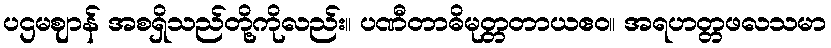
ပဌမဈာန် အစရှိသည်တို့ကိုလည်း။ ပဏီတာဓိမုတ္တတာယဧဝ။ အရဟတ္တဖလသမာ